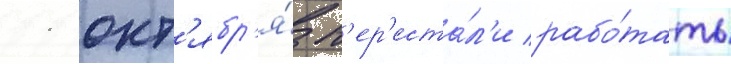
11 окт'ябр'я́ п'ер'еста́л'и рабо́тать